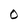
Character: O